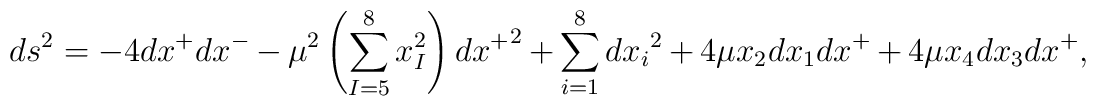
ds^2 = - 4 dx^+ dx^- -\mu^2 \left(\sum_{I=5}^8 x_I^2 \right) {dx^+}^2 + \sum_{i=1}^8 {dx_i}^2 + 4 \mu x_2 dx_1 dx^+ + 4 \mu x_4 dx_3 dx^+,